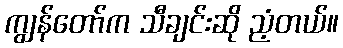
ကျွန်တော်က သီချင်းဆို ညံ့တယ်။